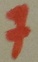
Text: 7